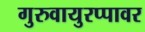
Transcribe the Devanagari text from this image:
गुरुवायुरप्पावर